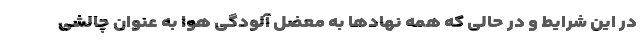
در این شرایط و در حالی که همه نهادها به معضل آلودگی هوا به عنوان چالشی